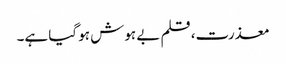
معذرت، قلم بے ہوش ہو گیا ہے۔